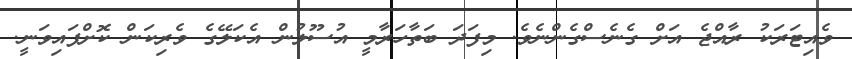
ވެއިޓަރަކު ރާއްޖެ އަށް ގެނެސްގެންނެވެ. މިފަދަ ބަތާހަރާމީ އުސޫލުން އެކަލޭގެ ވެރިކަން ކޮށްފައިވަނީ.